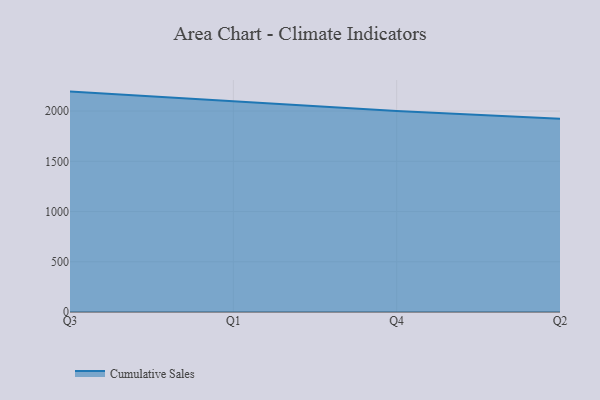
{"axis": {"x": "Quarter", "y": "Churn Rate (%)"}, "legend": ["Cumulative Sales"], "data": [{"x": "Q3", "y": 2193.8, "type": "Cumulative Sales"}, {"x": "Q1", "y": 2095.2, "type": "Cumulative Sales"}, {"x": "Q4", "y": 2001.9, "type": "Cumulative Sales"}, {"x": "Q2", "y": 1924.5, "type": "Cumulative Sales"}]}